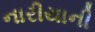
નારીયાની